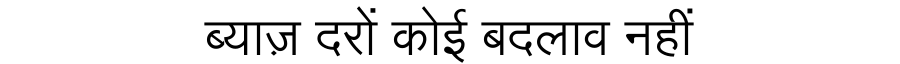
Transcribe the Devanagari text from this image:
ब्याज़ दरों कोई बदलाव नहीं